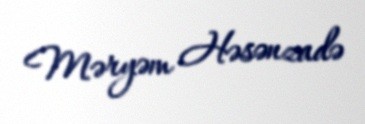
Məryəm Həsənzadə